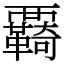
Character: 覉